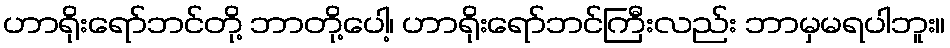
ဟာရိုးရော်ဘင်တို့ ဘာတို့ပေါ့၊ ဟာရိုးရော်ဘင်ကြီးလည်း ဘာမှမရပါဘူး။